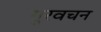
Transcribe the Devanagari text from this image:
गुरवचन